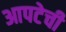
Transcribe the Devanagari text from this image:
आपटेची